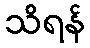
သိရန်